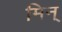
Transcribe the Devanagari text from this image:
मिन्‌